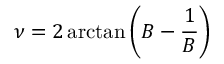
\nu = 2 \arctan \left( B - { \frac { 1 } { B } } \right)